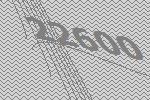
22600